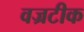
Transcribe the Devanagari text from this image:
वज्रटीक